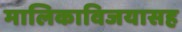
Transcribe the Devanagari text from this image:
मालिकाविजयासह